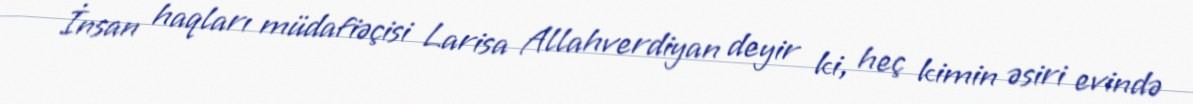
İnsan haqları müdafiəçisi Larisa Allahverdiyan deyir ki, heç kimin əsiri evində